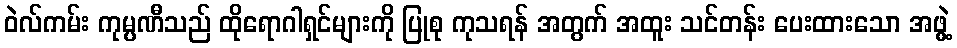
ဝဲလ်ကမ်း ကုမ္ပဏီသည် ထိုရောဂါရှင်များကို ပြုစု ကုသရန် အတွက် အထူး သင်တန်း ပေးထားသော အဖွဲ့